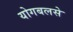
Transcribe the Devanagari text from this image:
योगबलसे